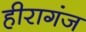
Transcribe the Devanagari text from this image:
हीरागंज